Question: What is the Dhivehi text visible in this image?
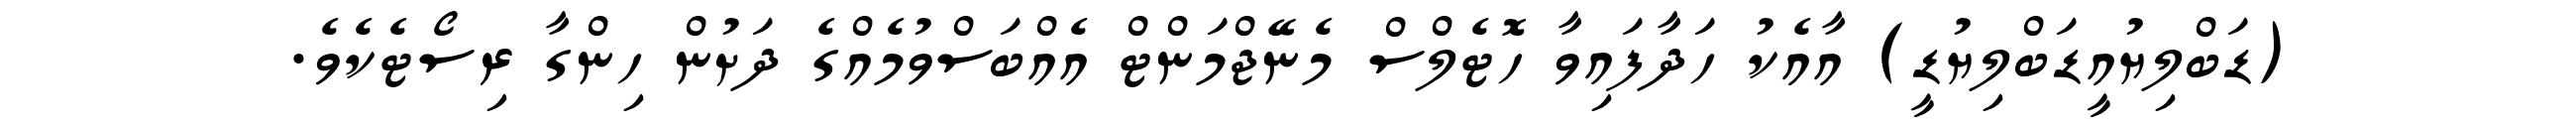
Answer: (ޑަބްލިޔުއީޑަބްލިޔުޑީ) އާއެކު ހަދާފައިވާ ހޮޓެލްސް މެނޭޖްމަންޓް އެއްބަސްވުމެއްގެ ދަށުން ހިންގާ ރިސޯޓެކެވެ.